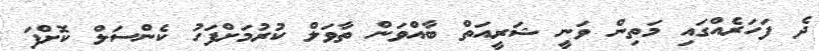
ދެ ފަހަރެއްގައި މަތިން ވަނީ ޝަރީއަތް ބާއްވަން ތާވަލް ކުރުމަށްފަހު ކެންސަލް ކޮށްފަ